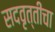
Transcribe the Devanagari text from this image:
सदवृत्तींचा